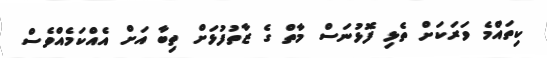
ކިތައްމެ ވަރަކަށް ތެޅި ފޮޅުނަސް މާތް ގެ ޒާތުފުޅަށް ތިބާ އަށް އެއްކަމެއްވެސް